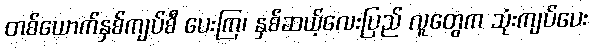
တစ်ယောက်နှစ်ကျပ်စီ ပေးကြ၊ နှစ်ဆယ့်လေးပြည် လူတွေက သုံးကျပ်ပေး